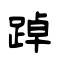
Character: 踔